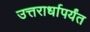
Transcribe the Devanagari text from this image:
उत्तरार्धापर्यंत